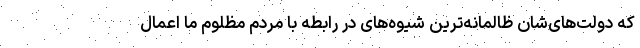
که دولت‌های‌شان ظالمانه‌ترین شیوه‌های در رابطه با مردم مظلوم ما اعمال